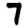
Digit: 7